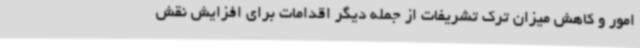
امور و کاهش میزان ترک تشریفات از جمله دیگر اقدامات برای افزایش نقش